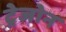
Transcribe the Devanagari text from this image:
ट्रेजोन